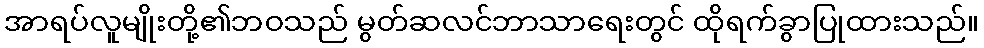
အာရပ်လူမျိုးတို့၏ဘဝသည် မွတ်ဆလင်ဘာသာရေးတွင် ထိုရက်ခွာပြုထားသည်။